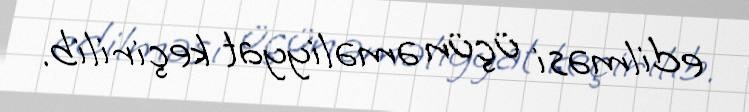
edilməsi üçün əməliyyat keçirilib.